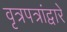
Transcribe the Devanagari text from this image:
वृत्रपत्रांद्वारे